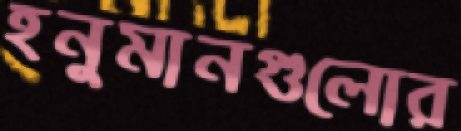
হনুমানগুলোর